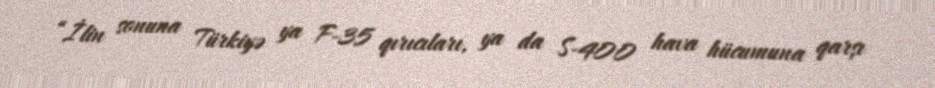
“İlin sonuna Türkiyə ya F-35 qırıcıları, ya da S-400 hava hücumuna qarşı